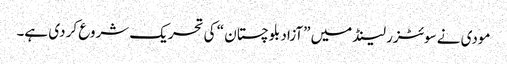
مودی نے سوئٹزر لینڈ میں ”آزاد بلوچستان “ کی تحریک شروع کر دی ہے۔